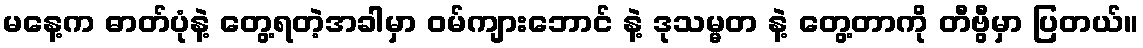
မနေ့က ဓာတ်ပုံနဲ့ တွေ့ရတဲ့အခါမှာ ဝမ်ကျားဘောင် နဲ့ ဒုသမ္မတ နဲ့ တွေ့တာကို တီဗွီမှာ ပြတယ်။